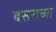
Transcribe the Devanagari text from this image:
बसराच्या